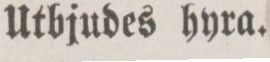
Utbjudes hyra.